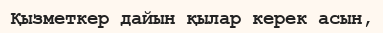
Қызметкер дайын қылар керек асын,